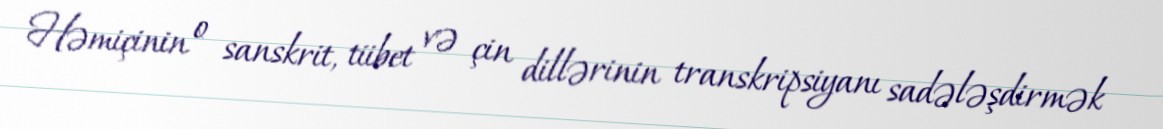
Həmiçinin o sanskrit, tiibet və çin dillərinin transkripsiyanı sadələşdirmək